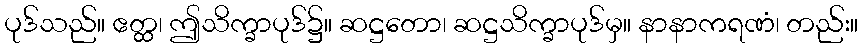
ပုဒ်သည်။ ဧတ္ထ၊ ဤသိက္ခာပုဒ်၌။ ဆဋ္ဌတော၊ ဆဋ္ဌသိက္ခာပုဒ်မှ။ နာနာကရဏံ၊ တည်း။